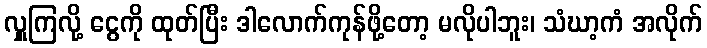
လှူကြလို့ ငွေကို ထုတ်ပြီး ဒါလောက်ကုန်ဖို့တော့ မလိုပါဘူး၊ သံဃာ့ကံ အလိုက်